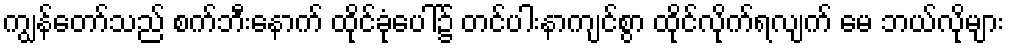
ကျွန်တော်သည် စက်ဘီးနောက် ထိုင်ခုံပေါ်၌ တင်ပါးနာကျင်စွာ ထိုင်လိုက်ရလျက် မေ ဘယ်လိုများ